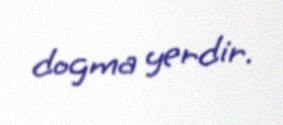
dogma yerdir.